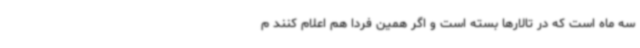
سه ماه است که در تالارها بسته است و اگر همین فردا هم اعلام کنند م